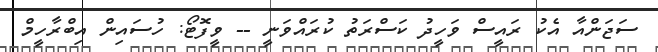
ސަޖަންއާ އެކު ރައީސް ވަހީދު ކަސްރަތު ކުރައްވަނީ -- ވީފޮޓޯ: ހުސައިން އިބްރާހީމް